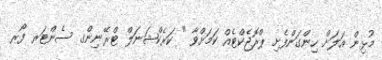
މުޅިން އަލަށް ހިންގަންފެށި ޕްރޮޖެކްޓެއް ކަމަށްވާ " ކަރެކްޝަނަލް ޓްރޭނިންގ ސެންޓަރ ފޯރ